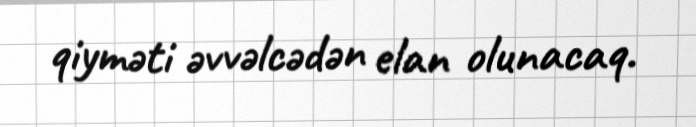
qiyməti əvvəlcədən elan olunacaq.